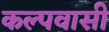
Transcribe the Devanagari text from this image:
कल्पवासी